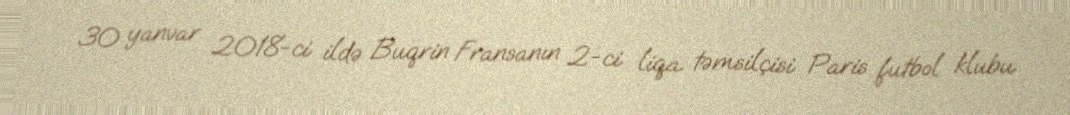
30 yanvar 2018-ci ildə Buqrin Fransanın 2-ci liqa təmsilçisi Paris futbol klubu